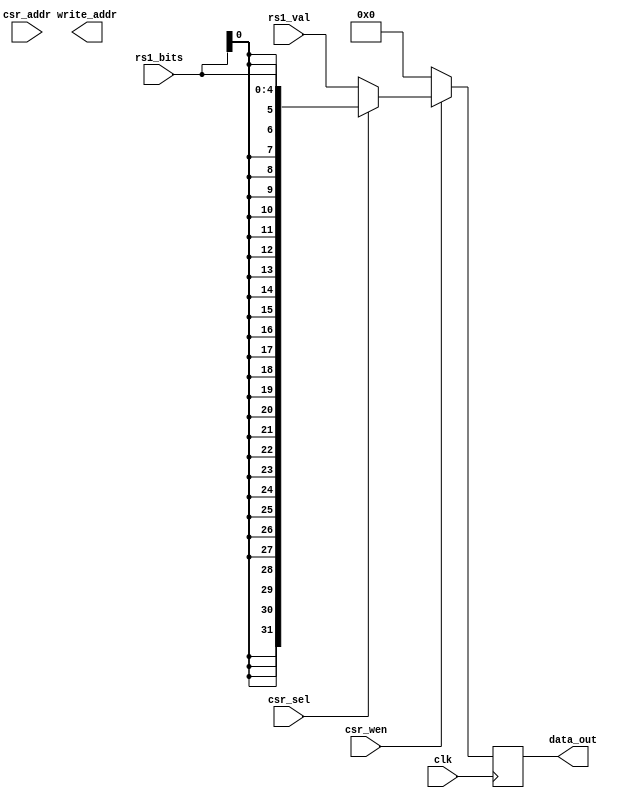
module CSR(
  input clk,

	input csr_wen,
	input [31:0] rs1_val,
	input [4:0] rs1_bits,
	input [11:0] csr_addr,
	input csr_sel,

	output reg [31:0] data_out,
	output reg [11:0] write_addr
);

initial data_out = 32'b0;

always@(posedge clk) begin
  if (csr_wen) begin
    //write_addr <= csr_addr;
    if (csr_sel)
      data_out <= { {27{rs1_bits[0]}}, rs1_bits };
    else
      data_out <= rs1_val;
  end else
    data_out <= 32'b0;
end

endmodule